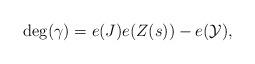
LaTeX: \begin{align*}\deg(\gamma)=e(J)e(Z(s))-e(\mathcal Y),\end{align*}